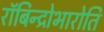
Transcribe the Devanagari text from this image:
रॉबिन्द्रोभारोति